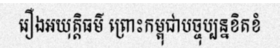
រឿងអយុត្តិធម៌ ព្រោះកម្ពុជាបច្ចុប្បន្នខិតខំ